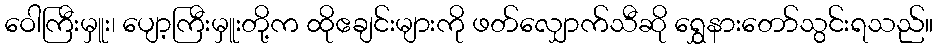
ဝေါကြီးမှူး၊ ပျော့ကြီးမှူးတို့က ထိုဧချင်းများကို ဖတ်လျှောက်သီဆို ရွှေနားတော်သွင်းရသည်။